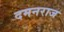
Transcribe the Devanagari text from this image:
दमनराज